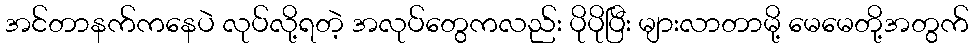
အင်တာနက်ကနေပဲ လုပ်လို့ရတဲ့ အလုပ်တွေကလည်း ပိုပိုပြီး များလာတာမို့ မေမေတို့အတွက်